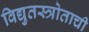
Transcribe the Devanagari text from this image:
विद्युतस्त्रोताची